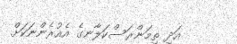
އަދި ތިމަންރަސްކަލާނގެ އެއުރެންނަކަށް